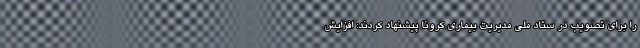
را برای تصویب در ستاد ملی مدیریت بیماری کرونا پیشنهاد کردند: افزایش